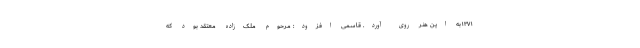
۱۳۷۱به این هنر روی آورد. قاسمی افزود: مرحوم ملک‌زاده معتقد بود که